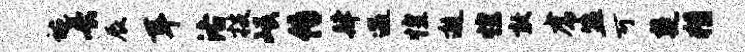
蜿长辰耳洛技岷传肆遇惶邂惶敢虎盟可楚猾